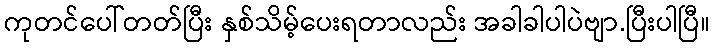
ကုတင်ပေါ်တတ်ပြီး နှစ်သိမ့်ပေးရတာလည်း အခါခါပါပဲဗျာ.ပြီးပါပြီ။